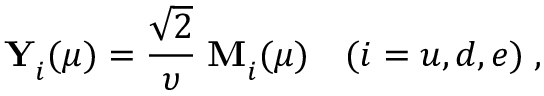
{ \bf Y } _ { i } ^ { } ( \mu ) = \frac { \sqrt { 2 } } { \upsilon } \; { \bf M } _ { i } ^ { } ( \mu ) \quad ( i = u , d , e ) \; ,